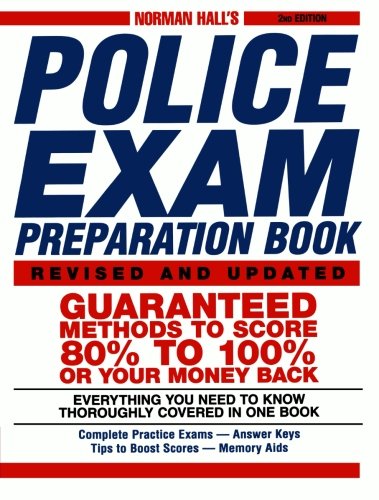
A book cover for Norman Hall's Police Exam Preparation Book; Norman Hall; Test Preparation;